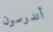
أندرسون